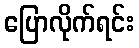
ပြောလိုက်ရင်း